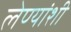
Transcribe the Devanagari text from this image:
लेण्यांशी